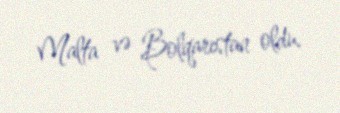
Malta və Bolqarıstan oldu.